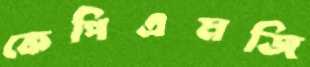
কেপিএমজি